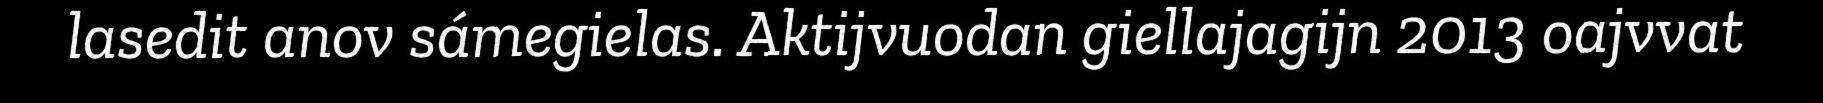
lasedit anov sámegielas. Aktijvuodan giellajagijn 2013 oajvvat